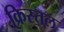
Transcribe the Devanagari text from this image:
क्रिस्तल